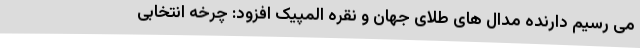
می رسیم دارنده مدال های طلای جهان و نقره المپیک افزود: چرخه انتخابی